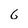
Character: 6